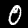
Label: 0